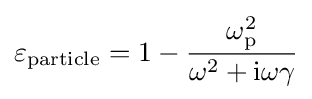
{{\varepsilon }_{\rm {particle}}}=1-{\frac {\omega _{\rm {p}}^{2}}{{{\omega }^{2}}+\mathrm {i} {\omega }{\gamma }}}